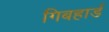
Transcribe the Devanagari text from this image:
गिबहार्ड